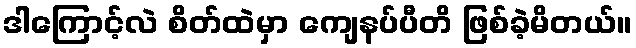
ဒါကြောင့်လဲ စိတ်ထဲမှာ ကျေနပ်ပီတိ ဖြစ်ခဲ့မိတယ်။